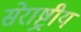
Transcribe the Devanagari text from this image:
सेराष्ट्रीय